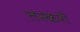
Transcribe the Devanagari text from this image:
तस्करौं